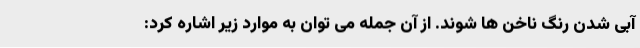
آبی شدن رنگ ناخن ها شوند. از آن جمله می توان به موارد زیر اشاره کرد: